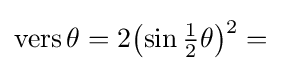
{\textstyle \operatorname {vers} \theta =2{\bigl (}{\sin {\tfrac {1}{2}}\theta }{\bigr )}{\vphantom {)}}^{2}{\vphantom {\Big |}}={}}